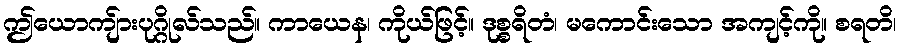
ဤယောကျ်ားပုဂ္ဂိုလ်သည်။ ကာယေန၊ ကိုယ်ဖြင့်။ ဒုစ္စရိတံ၊ မကောင်းသော အကျင့်ကို။ စရတိ၊